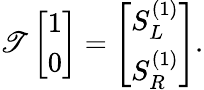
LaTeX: \mathscr{T}\left[\begin{array}{l}{1}\\ {0}\end{array}\right]=\left[\begin{array}{l}{S_{L}^{(1)}}\\ {S_{R}^{(1)}}\end{array}\right].